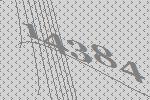
14384